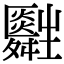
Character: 𤰀